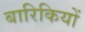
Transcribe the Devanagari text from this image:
बारिकियों